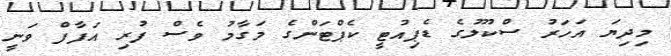
މިދިޔަ އަހަރު ސްކޫލުގެ ޑެޕިއުޓީ ކެޕްޓަންގެ މަގާމު ވެސް ފުރި އަފާފް ވަނީ